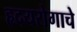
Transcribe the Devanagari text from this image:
हृदयरोगाचे